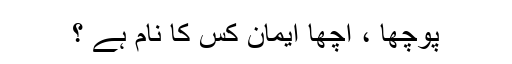
پوچھا ، اچھا ایمان کس کا نام ہے ؟